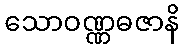
သောဝဏ္ဏဓဇာနိ